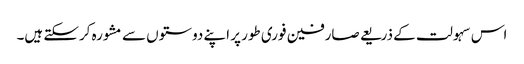
اس سہولت کے ذریعے صارفین فوری طور پر اپنے دوستوں سے مشورہ کرسکتے ہیں۔